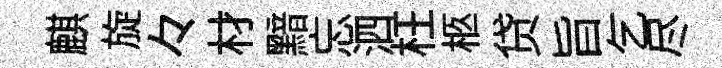
麒旋々材黯忘泗枉柩贷旨乞尽